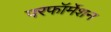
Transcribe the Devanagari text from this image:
परफॉर्मेशन